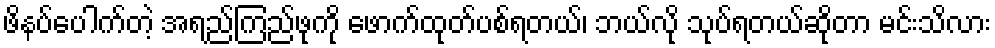
ဖိနပ်ပေါက်တဲ့ အရည်ကြည်ဖုကို ဖောက်ထုတ်ပစ်ရတယ်၊ ဘယ်လို သုပ်ရတယ်ဆိုတာ မင်းသိလား